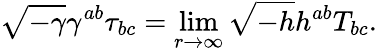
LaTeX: \sqrt{-\gamma}\gamma^{ab}\tau_{bc}=\operatorname*{lim}_{r\to\infty}\sqrt{-h}h^{ab}T_{bc}.